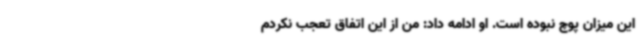
این میزان پوچ نبوده است. او ادامه داد: من از این اتفاق تعجب نکردم